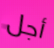
أجل